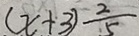
( x + 3 ) \frac { 2 } { 5 }